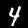
Digit: 4